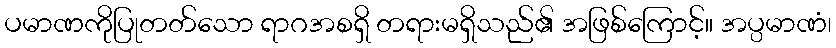
ပမာဏကိုပြုတတ်သော ရာဂအစရှိ တရားမရှိသည်၏ အဖြစ်ကြောင့်။ အပ္ပမာဏံ၊